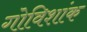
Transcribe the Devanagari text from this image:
गोविशांक